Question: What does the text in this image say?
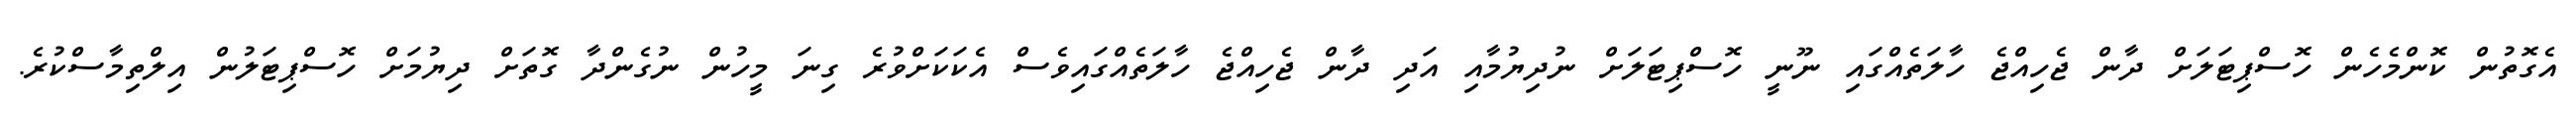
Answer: އެގޮތުން ކޮންމެހެން ހޮސްޕިޓަލަށް ދާން ޖެހިއްޖެ ހާލަތެއްގައި ނޫނީ ހޮސްޕިޓަލަށް ނުދިޔުމާއި އަދި ދާން ޖެހިއްޖެ ހާލަތެއްގައިވެސް އެކަކަށްވުރެ ގިނަ މީހުން ނުގެންދާ ގޮތަށް ދިޔުމަށް ހޮސްޕިޓަލުން އިލްތިމާސްކުރެ.